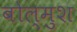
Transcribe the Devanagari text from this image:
बोल्मुश